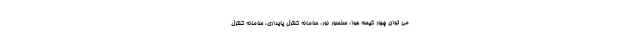
می توان چهار کیسه هوا، سنسور نور، سامانه کنترل پایداری، سامانه کنترل